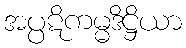
အပ္ပဋိကမ္မဒိဋ္ဌိယာ